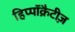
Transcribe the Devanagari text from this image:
हिप्पॉक्रैटीज़